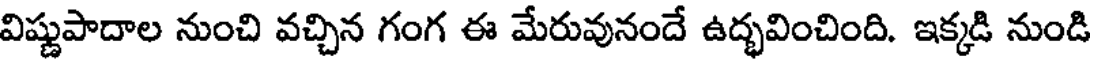
విష్ణుపాదాల నుంచి వచ్చిన గంగ ఈ మేరువునందే ఉద్భవించింది. ఇక్కడి నుండి